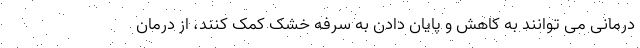
درمانی می توانند به کاهش و پایان دادن به سرفه خشک کمک کنند، از درمان